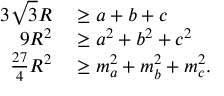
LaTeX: \begin{array} { r l } { 3 { \sqrt { 3 } } R } & { { } \geq a + b + c } \\ { 9 R ^ { 2 } } & { { } \geq a ^ { 2 } + b ^ { 2 } + c ^ { 2 } } \\ { { \frac { 2 7 } { 4 } } R ^ { 2 } } & { { } \geq m _ { a } ^ { 2 } + m _ { b } ^ { 2 } + m _ { c } ^ { 2 } . } \end{array}